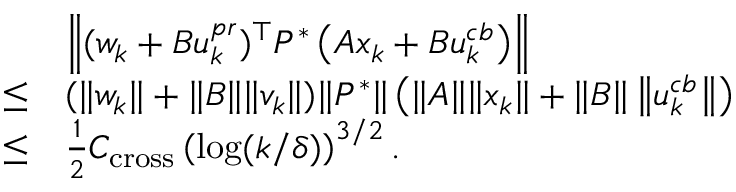
\begin{array} { r l } & { \left\| ( w _ { k } + B u _ { k } ^ { p r } ) ^ { \top } P ^ { * } \left( A x _ { k } + B u _ { k } ^ { c b } \right) \right\| } \\ { \leq } & { ( \| w _ { k } \| + \| B \| \| v _ { k } \| ) \| P ^ { * } \| \left( \| A \| \| x _ { k } \| + \| B \| \left\| u _ { k } ^ { c b } \right\| \right) } \\ { \leq } & { \frac { 1 } { 2 } C _ { \mathrm { c r o s s } } \left( \log ( k / \delta ) \right) ^ { 3 / 2 } . } \end{array}